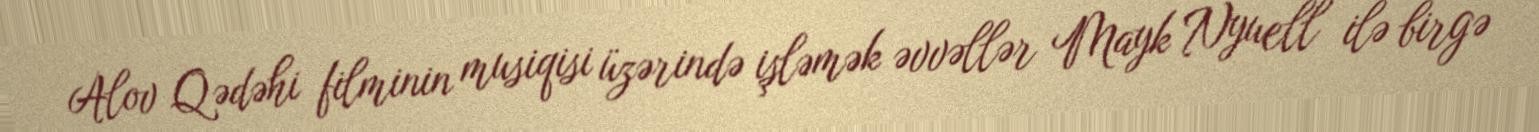
Alov Qədəhi filminin musiqisi üzərində işləmək əvvəllər Mayk Nyuell ilə birgə